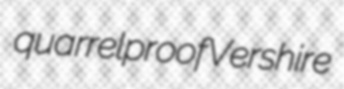
quarrelproof Vershire